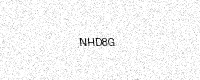
Text: NHD8G